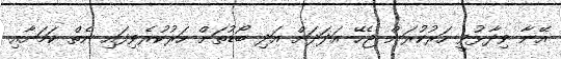
އޭނާ ވިދާޅުވީ ހަރުކުރަން ޖެހޭ އަދަދަށް އަދި ބޯޑުތަށް ހަރުކުރެވިފައި ނެތް ކަމަށާއި